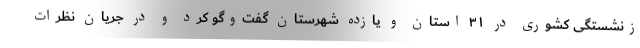
زنشستگی کشوری در ۳۱ استان و یازده شهرستان گفت‌وگو کرد و در جریان نظرات